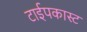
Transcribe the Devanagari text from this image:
टाईपकास्ट